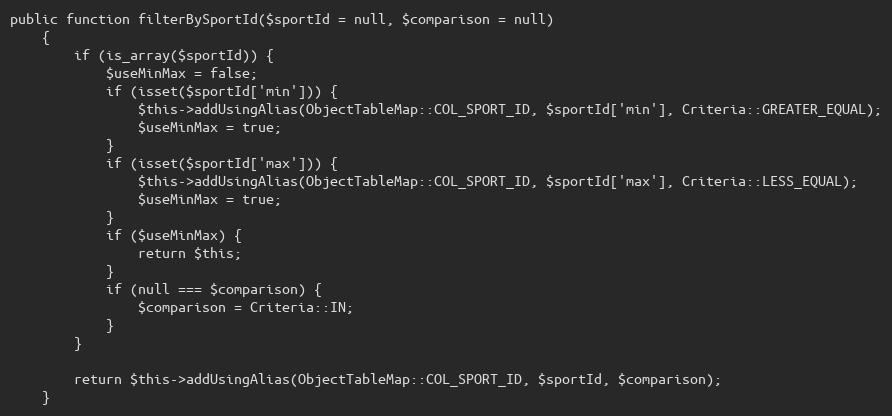
Language: PHP
public function filterBySportId($sportId = null, $comparison = null)
    {
        if (is_array($sportId)) {
            $useMinMax = false;
            if (isset($sportId['min'])) {
                $this->addUsingAlias(ObjectTableMap::COL_SPORT_ID, $sportId['min'], Criteria::GREATER_EQUAL);
                $useMinMax = true;
            }
            if (isset($sportId['max'])) {
                $this->addUsingAlias(ObjectTableMap::COL_SPORT_ID, $sportId['max'], Criteria::LESS_EQUAL);
                $useMinMax = true;
            }
            if ($useMinMax) {
                return $this;
            }
            if (null === $comparison) {
                $comparison = Criteria::IN;
            }
        }

        return $this->addUsingAlias(ObjectTableMap::COL_SPORT_ID, $sportId, $comparison);
    }